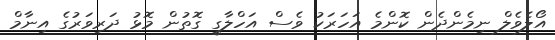
އޯލެވެލް ނިމެންދެން ކޮންމެ އަހަރަކު ވެސް އަހްލާގީ ގޮތުން މޮޅު ދަރިވަރުގެ އިނާމް